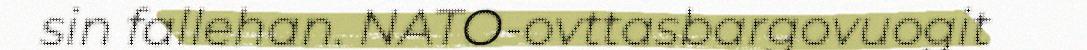
sin fallehan. NATO-ovttasbargovuogit